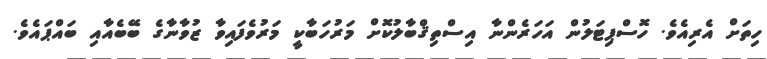
ހިތަށް އެރިއެވެ. ހޮސްޕިޓަލުން އަހަރެންނާ އިސްތިޤްބާލުކޮށް މަރުހަބާކީ މަރުވެފައިވާ ޒުވާނާގެ ބޭބެއާއި ބައްޕައެވެ.